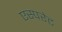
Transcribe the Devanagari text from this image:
एस्परेट